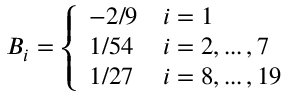
B _ { i } = \left\{ \begin{array} { l l } { - 2 / 9 } & { i = 1 } \\ { 1 / 5 4 } & { i = 2 , . . . \, , 7 } \\ { 1 / 2 7 } & { i = 8 , . . . \, , 1 9 } \end{array} \right.